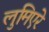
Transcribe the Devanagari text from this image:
लुमिएरे